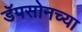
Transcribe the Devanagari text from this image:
डॅपसोनच्या